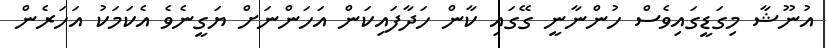
އުނޫޝާ މިގަޑީގައިވެސް ހުންނާނީ ގޭގައި ކާން ހަދާފައިކަން އަހަންނަށް ޔަގީނެވެ އެކަމަކު އަހަރެން